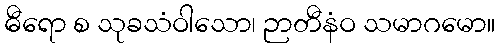
ဓီရော စ သုခသံဝါသော၊ ဉာတီနံဝ သမာဂမော။